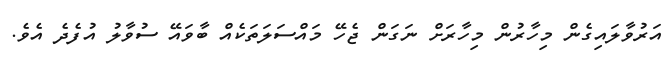
އަރުވާލައިގެން މިހާރުން މިހާރަށް ނަގަން ޖެހޭ މައްސަލަތަކެއް ބާވައޭ ސުވާލު އުފެދެ އެވެ.